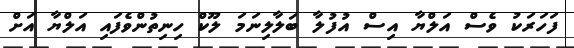
ފަހަރަކު ވެސް އަލްޔާ އިސް އުފުލާ ބަލާލިނަމަ ލޫކް ހިނިތުންވެފައި އަލްޔާ އަށް